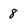
Character: 8